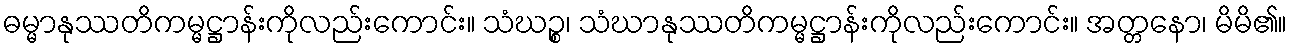
ဓမ္မာနုဿတိကမ္မဋ္ဌာန်းကိုလည်းကောင်း။ သံဃဉ္စ၊ သံဃာနုဿတိကမ္မဋ္ဌာန်းကိုလည်းကောင်း။ အတ္တနော၊ မိမိ၏။